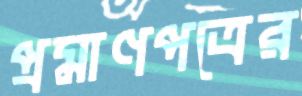
প্রমাণপত্রের